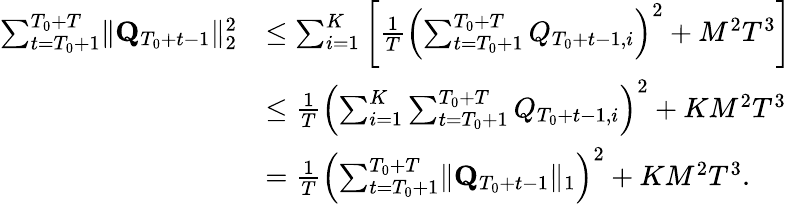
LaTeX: \begin{array}{rl}{\sum_{t=T_{0}+1}^{T_{0}+T}\lVert\mathbf Q_{T_{0}+t-1}\rVert_{2}^{2}}&{\le\sum_{i=1}^{K}\left[\frac 1T\left(\sum_{t=T_{0}+1}^{T_{0}+T}Q_{T_{0}+t-1,i}\right)^{2}+M^{2}T^{3}\right]}\\ &{\le\frac 1T\left(\sum_{i=1}^{K}\sum_{t=T_{0}+1}^{T_{0}+T}Q_{T_{0}+t-1,i}\right)^{2}+KM^{2}T^{3}}\\ &{=\frac 1T\left(\sum_{t=T_{0}+1}^{T_{0}+T}\lVert\mathbf Q_{T_{0}+t-1}\rVert_{1}\right)^{2}+KM^{2}T^{3}.}\end{array}